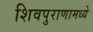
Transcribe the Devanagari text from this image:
शिवपुराणामध्ये